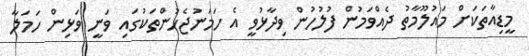
މީޑިއާތަކަށް މައުލޫމާތު ދެއްވަމުން ފުލުހުން ވިދާޅުވީ އެ ހަމަނުޖެހުންތަކުގައި ވަނީ ވަޅިން ހަމަލާ